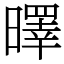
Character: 曎